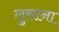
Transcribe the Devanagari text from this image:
लुसाना